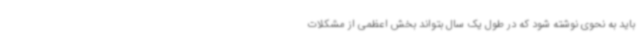
باید به نحوی نوشته شود که در طول یک سال بتواند بخش اعظمی از مشکلات